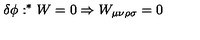
\delta { \phi } : ^ { * } W = 0 \Rightarrow W _ { \mu \nu \rho \sigma } = 0